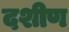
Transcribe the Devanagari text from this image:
दशीण